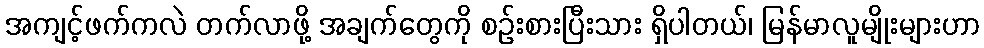
အကျင့်ဖက်ကလဲ တက်လာဖို့ အချက်တွေကို စဉ်းစားပြီးသား ရှိပါတယ်၊ မြန်မာလူမျိုးများဟာ